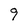
Character: 9